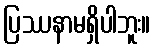
ပြဿနာမရှိပါဘူး။